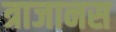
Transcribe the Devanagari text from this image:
त्राजानस